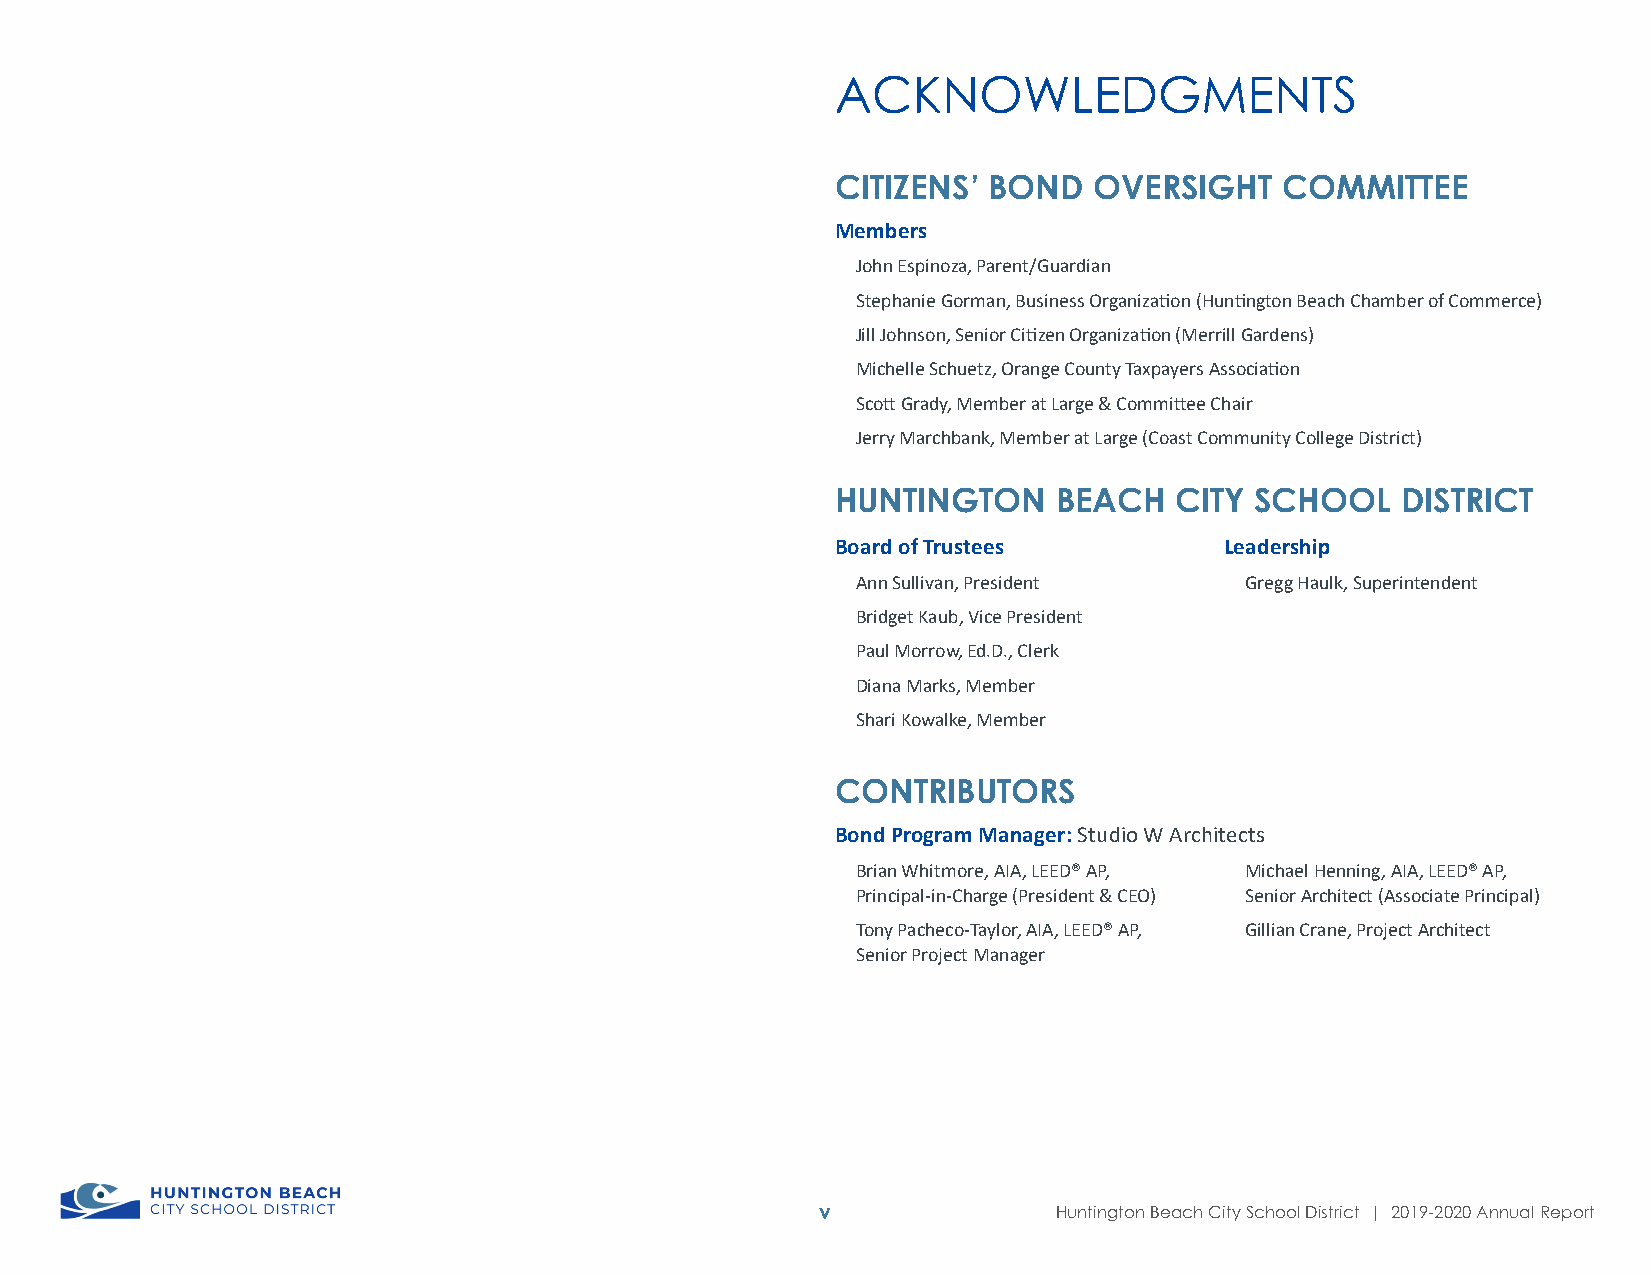
ACKNOWLEDGMENTS
 CITIZENS’ BOND   OVERSIGHT    COMMITTEE
 Members
 John Espinoza, Parent/Guardian
 Stephanie Gorman, Business Organization (Huntington Beach Chamber of Commerce)
 Jill Johnson, Senior Citizen Organization (Merrill Gardens)
 Michelle Schuetz, Orange County Taxpayers Association
 Scott Grady, Member at Large & Committee Chair
 Jerry Marchbank, Member at Large (Coast Community College District)
 HUNTINGTON     BEACH   CITY SCHOOL    DISTRICT
 Board of Trustees         Leadership
 Ann Sullivan, President  Gregg Haulk, Superintendent
 Bridget Kaub, Vice President
 Paul Morrow, Ed.D., Clerk
 Diana Marks, Member
 Shari Kowalke, Member
 CONTRIBUTORS
 Bond Program Manager: Studio W Architects
 Brian Whitmore, AIA, LEED® AP, Michael Henning, AIA, LEED® AP,
 Principal-in-Charge (President & CEO) Senior Architect (Associate Principal)
 Tony Pacheco-Taylor, AIA, LEED® AP, Gillian Crane, Project Architect
 Senior Project Manager
 v               Huntington Beach City School District | 2019-2020 Annual Report